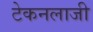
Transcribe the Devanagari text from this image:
टेकनलाजी